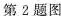
第2题图